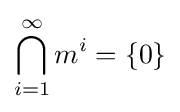
\bigcap _{i=1}^{\infty }m^{i}=\{0\}